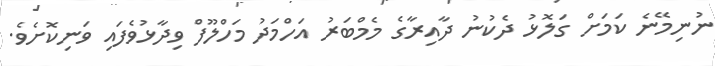
ނުނިމޭނެ ކަމަށް ގަލޮޅު ދެކުނު ދާއިރާގެ މެމްބަރު އަހްމަދު މަހްލޫފް ވިދާޅުވެފައި ވަނިކޮށެވެ.